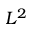
L ^ { 2 }